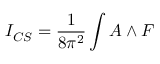
I _ { C S } = \frac { 1 } { 8 \pi ^ { 2 } } \int A \wedge F